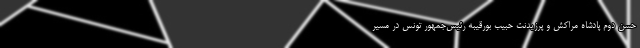
حسن دوم پادشاه مراکش و پرزیدنت حبیب بورقیبه رئیس‌جمهور تونس در مسیر